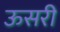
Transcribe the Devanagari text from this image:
ऊसरी